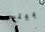
بيتس